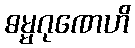
ဓမ္မဂုဏေဟိ